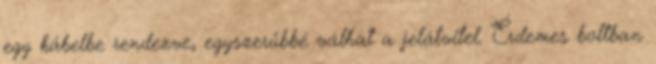
egy kábelbe rendezve, egyszerűbbé válhat a jelátvitel. Érdemes boltban